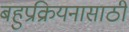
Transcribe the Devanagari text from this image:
बहुप्रक्रियनासाठी